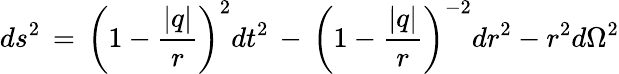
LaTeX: ds^{2}\, =\, \left(1-\frac{|q|}{r}\right)^{2}dt^{2}\, -\, \left(1-\frac{|q|}{r}\right)^{-2}dr^{2}-r^{2}d\Omega^{2}